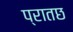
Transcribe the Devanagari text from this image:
प्रातछ